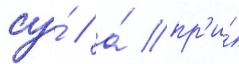
су́ / а́ пр'и́